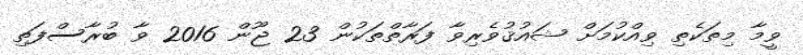
ވީމާ މިތަކެތި ވިއްކުމަށް ޝައުޤުވެރިވާ ފަރާތްތަކުން 23 ޖޫން 2016 ވާ ބުރާސްފަތި